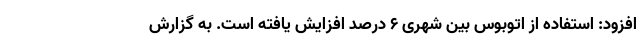
افزود: استفاده از اتوبوس بین شهری ۶ درصد افزایش یافته است. به گزارش